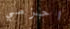
احزمي